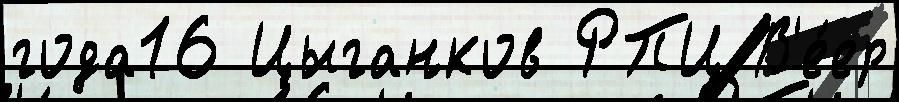
года16 Цыганков РПЦ В'е́ер